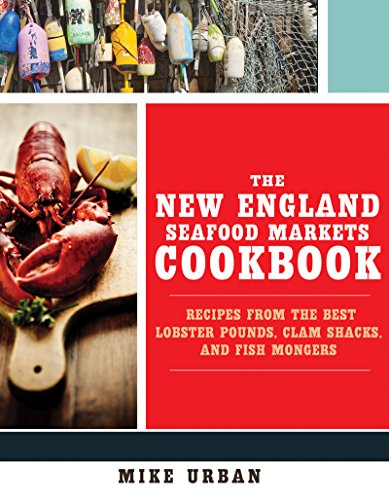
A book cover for The New England Seafood Markets Cookbook: Recipes from the Best Lobster Pounds, Clam Shacks, and Fish Mongers; Michael Urban; Cookbooks, Food & Wine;